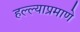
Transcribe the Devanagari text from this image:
हल्ल्याप्रमाणे